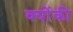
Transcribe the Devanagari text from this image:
क्‍योंकी